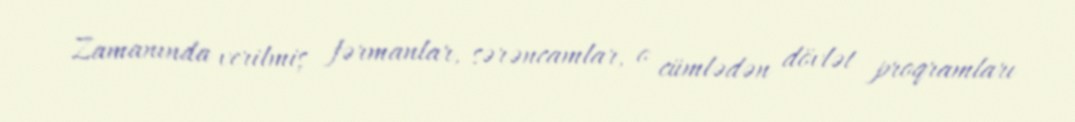
Zamanında verilmiş fərmanlar, sərəncamlar, o cümlədən dövlət proqramları